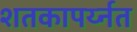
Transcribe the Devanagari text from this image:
शतकापर्य्नत